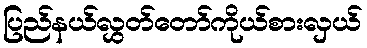
ပြည်နယ်လွှတ်တော်ကိုယ်စားလှယ်